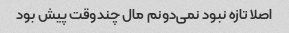
اصلا تازه نبود نمی‌دونم مال چندوقت پیش بود